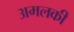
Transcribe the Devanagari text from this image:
अमलकी